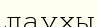
лаухы